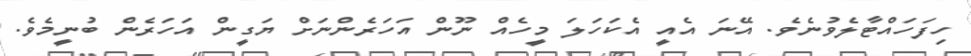
ހިފަހައްޓާލެވުނެވެ. އޭނަ އެއީ އެކަހަލަ މީހެއް ނޫން އަހަރެންނަށް ޔަގީން އަހަރެން ބުނީމެވެ.